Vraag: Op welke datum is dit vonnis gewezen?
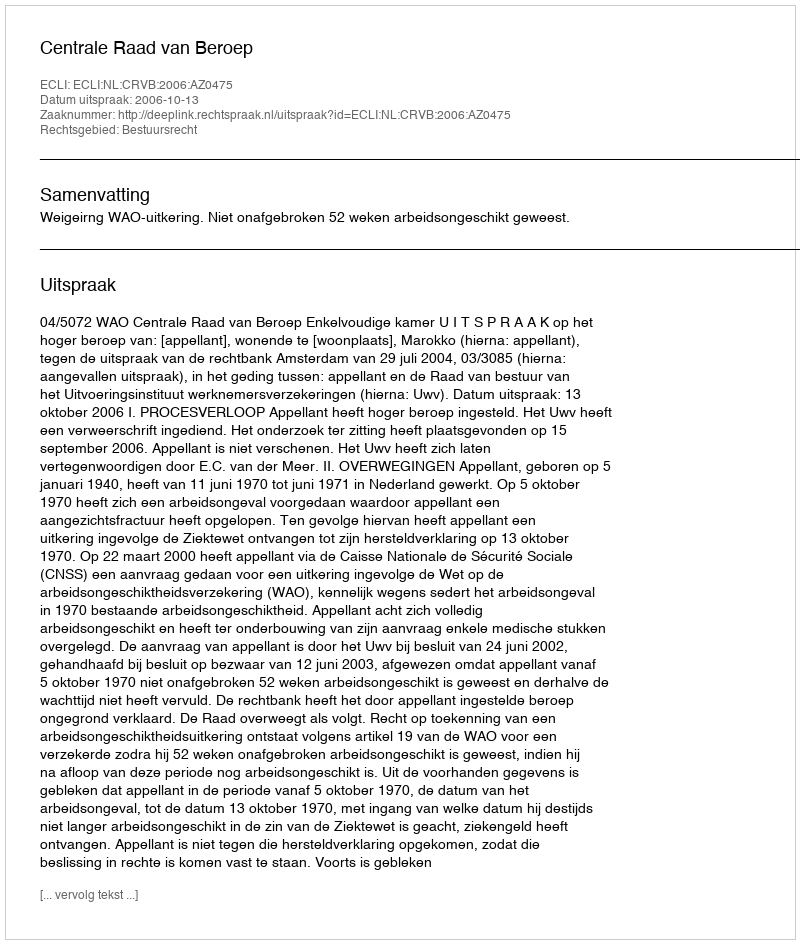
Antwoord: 2006-10-13